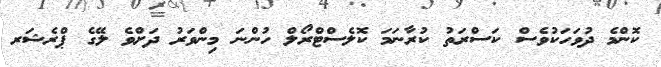
ކޮންމެ ދުވަހަކުވެސް ކަސްރަތު ކުރާނަމަ ކޮލެސްޓްރޯލް ހުންނަ މިންވަރު ދަށްވެ ލޭގެ ޕްރެޝަރ